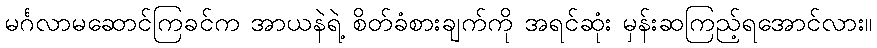
မင်္ဂလာမဆောင်ကြခင်က အာယနဲရဲ့ စိတ်ခံစားချက်ကို အရင်ဆုံး မှန်းဆကြည့်ရအောင်လား။